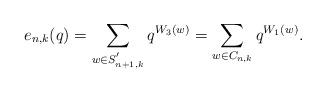
LaTeX: \begin{align*}e_{n,k}(q) = \sum_{w \in S^{'}_{n+1,k}}q^{W_3(w)} = \sum_{w \in C_{n,k}} q^{W_1(w)}.\end{align*}